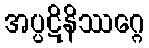
အပ္ပဋိနိဿဂ္ဂေ